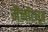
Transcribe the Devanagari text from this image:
नैनोंट्यूब